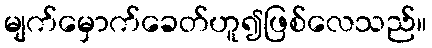
မျက်မှောက်ခေတ်ဟူ၍ဖြစ်လေသည်။